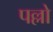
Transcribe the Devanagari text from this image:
पल्लो